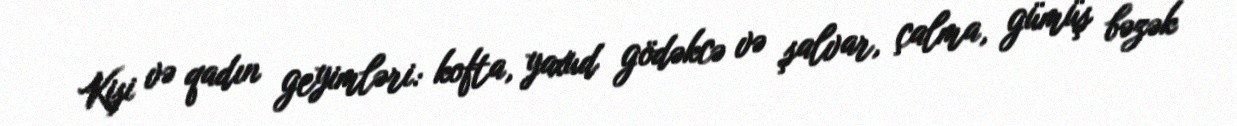
Kişi və qadın geyimləri: kofta, yaxud gödəkcə və şalvar, çalma, gümüş bəzək